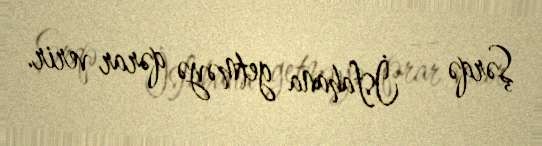
Şərqə — İsfahana getməyə qərar verir.